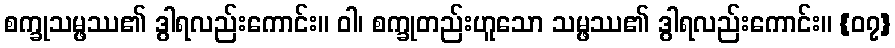
စက္ခုသမ္ဖဿ၏ ဒွါရလည်းကောင်း။ ဝါ၊ စက္ခုတည်းဟူသော သမ္ဖဿ၏ ဒွါရလည်းကောင်း။ {၀၇}